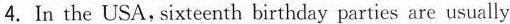
4.In the USA,sixteenth birthday parties are usually